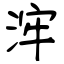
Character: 浶